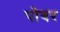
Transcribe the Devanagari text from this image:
पोबर